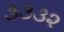
૩૩૩૨